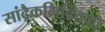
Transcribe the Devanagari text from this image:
सांद्रैकभिक्तिका